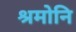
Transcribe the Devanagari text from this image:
श्रमोनि